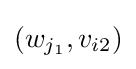
(w_{j_{1}},v_{i2})